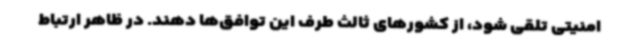
امنیتی تلقی شود، از کشورهای ثالث طرف این توافق‌ها دهند. در ظاهر ارتباط